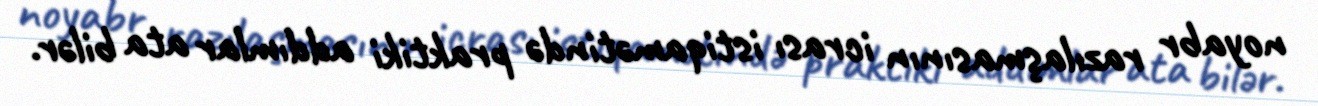
noyabr razılaşmasının icrası istiqamətində praktiki addımlar ata bilər.